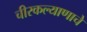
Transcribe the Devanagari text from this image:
चीरकल्याणाचे